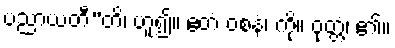
ပညာယတီ”တိ၊ ဟူ၍။ ဧတံ ဝစနံ၊ ကို။ ဝုတ္တံ၊ ၏။